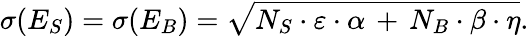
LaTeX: \sigma(E_{S})=\sigma(E_{B})=\sqrt{N_{S}\cdot\varepsilon\cdot\alpha\, +\, N_{B}\cdot\beta\cdot\eta}.